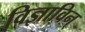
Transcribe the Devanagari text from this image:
विज्ञाविन्